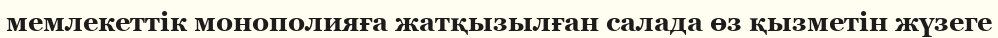
мемлекеттік монополияға жатқызылған салада өз қызметін жүзеге